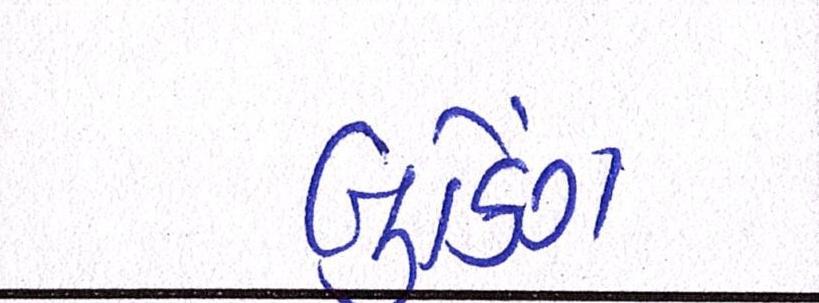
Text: બુકિંગ